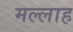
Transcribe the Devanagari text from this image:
मल्‍लाह